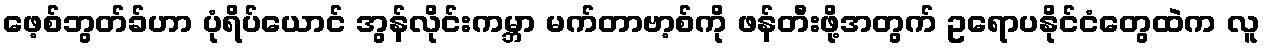
ဖေ့စ်ဘွတ်ခ်ဟာ ပုံရိပ်ယောင် အွန်လိုင်းကမ္ဘာ မက်တာဗာ့စ်ကို ဖန်တီးဖို့အတွက် ဥရောပနိုင်ငံတွေထဲက လူ